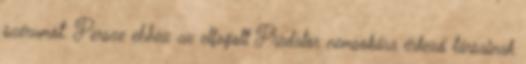
szérumot. Persze ehhez az elfogott Predator nemsokára érkező társainak